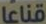
قناعا